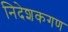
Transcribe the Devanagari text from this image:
निदेशकगण